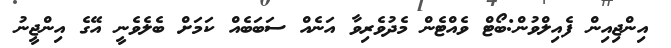
އިންޖިއިން ފެއިލްވުން:ބޯޓް ވެއްޓެން މެދުވެރިވާ އަނެއް ސަބަބެއް ކަމަށް ބެލެވެނީ އޭގެ އިންޖީނު